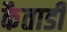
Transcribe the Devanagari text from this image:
कैताडी